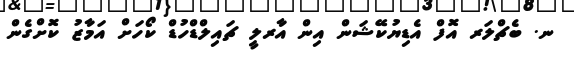
ނ. ބެޗްލަރ އޮފް އެޑިޔުކޭޝަން އިން އާރލީ ޗައިލްޑްހުޑް ކޯހަށް އަމާޒު ކޮށްގެން